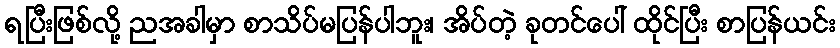
ရပြီးဖြစ်လို့ ညအခါမှာ စာသိပ်မပြန်ပါဘူး၊ အိပ်တဲ့ ခုတင်ပေါ် ထိုင်ပြီး စာပြန်ယင်း